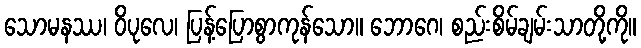
သောမနဿ၊ ဝိပုလေ၊ ပြန့်ပြောစွာကုန်သော။ ဘောဂေ၊ စည်းစိမ်ချမ်းသာတို့ကို။